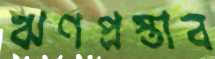
ঋণপ্রস্তাব